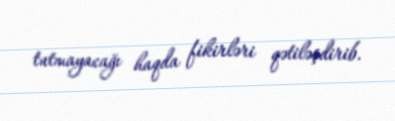
tutmayacağı haqda fikirləri qətiləşdirib.